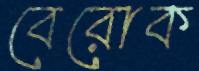
বেরোক